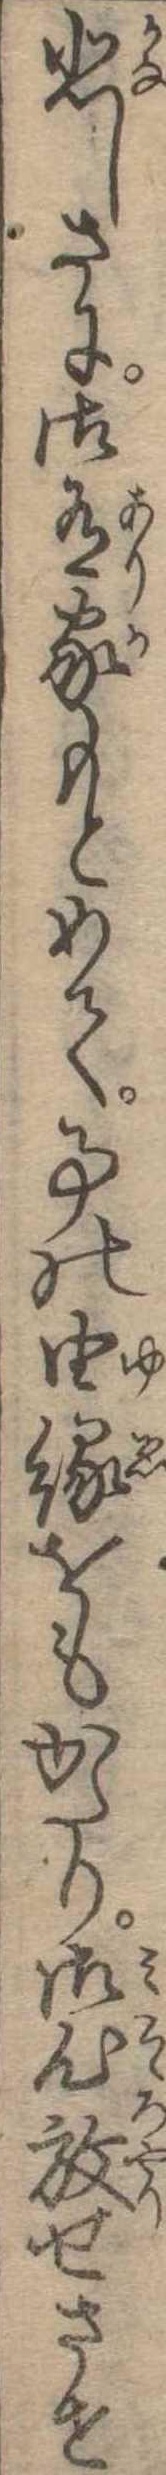
悲しさに御有家もとめて事の由縁をもかたり御心放せさせ